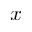
x